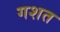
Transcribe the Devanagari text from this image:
गशत